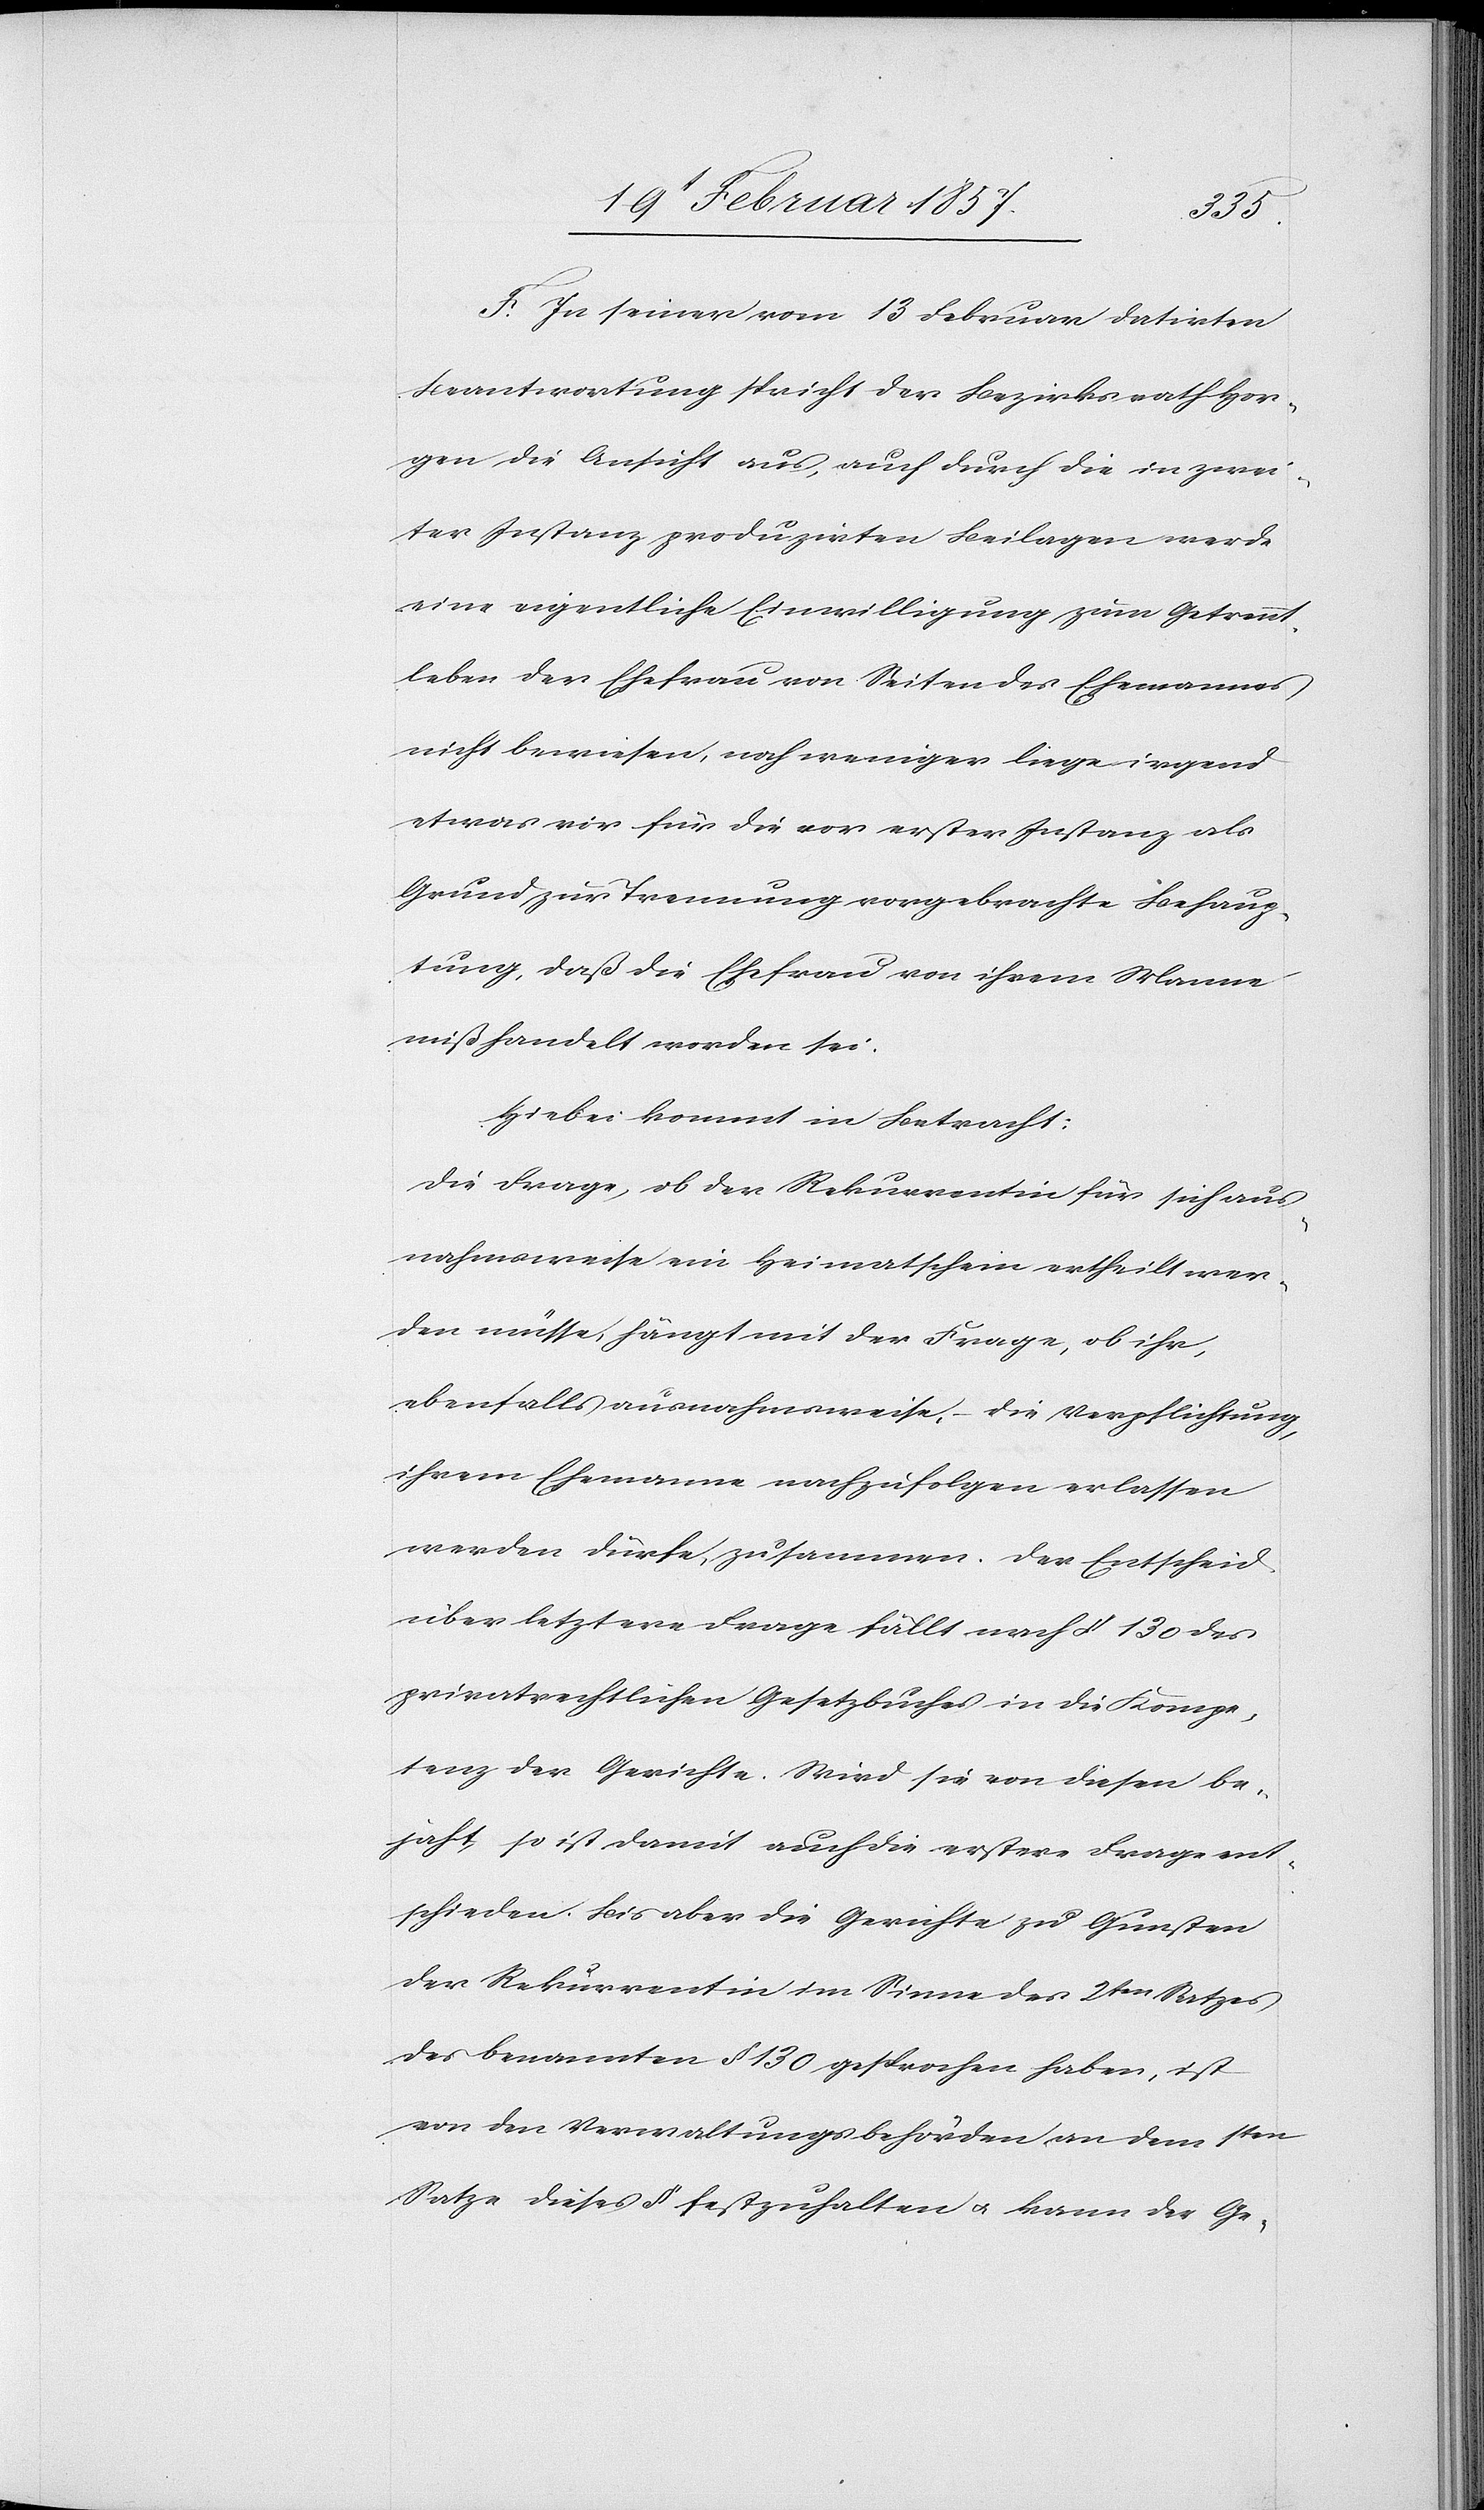
F. In seiner vom 13 Februar datirten
Beantwortung spricht der Bezirksrath Hor¬
gen die Ansicht aus, auch durch die in zwei¬
ter Instanz produzirten Beilagen werde
eine eigentliche Einwilligung zum Getrennt¬
leben der Ehefrau von Seiten des Ehemannes
nicht bewiesen, noch weniger liege irgend¬
etwas vor für die vor erster Instanz als
Grund zur Trennung vorgebrachte Behaup¬
tung, daß die Ehefrau von ihrem Manne
mißhandelt worden sei.
Hiebei kommt in Betracht:
Die Frage, ob der Rekurrentin für sich aus¬
nahmsweise ein Heimatschein ertheilt wer¬
den müsse, hängt mit der Frage, ob ihr,
ebenfalls ausnahmsweise, die Verpflichtung,
ihrem Ehemanne nachzufolgen erlassen
werden dürfe, zusammen. Der Entscheid
über letztere Frage fällt nach § 130 des
privatrechtlichen Gesetzbuches in die Kompe¬
tenz der Gerichte. Wird sie von diesen be¬
jaht so ist damit auch die erstere Frage ent¬
schieden. Bis aber die Gerichte zu Gunsten
der Rekurrentin im Sinne des 2ten Satzes
des benannten § 130 gesprochen haben, ist
von den Verwaltungsbehörden an dem 1ten
Satze dieses § festzuhalten u. kann der Ge-